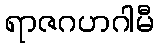
ရာဇဂဟဂါမီ